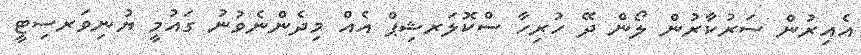
އެއިރުން ސަރުކާރުން ލޯން ދޭ ހުރިހާ ސްކޮލަރޝިޕް އެއް މިދެންނެވުނު ގައުމީ ޔުނިވަރސިޓީ